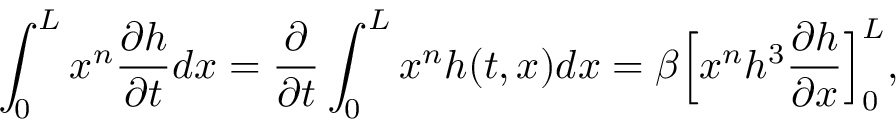
\int _ { 0 } ^ { L } x ^ { n } \frac { \partial h } { \partial t } d x = \frac { \partial } { \partial t } \int _ { 0 } ^ { L } x ^ { n } h ( t , x ) d x = \beta \Big [ x ^ { n } h ^ { 3 } \frac { \partial h } { \partial x } \Big ] _ { 0 } ^ { L } ,